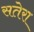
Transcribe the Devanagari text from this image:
सतेरा